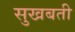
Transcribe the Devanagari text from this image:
सुखबती